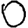
Digit: 0